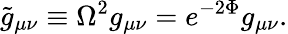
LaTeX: {\tilde{g}}_{\mu\nu}\equiv\Omega^{2}g_{\mu\nu}=e^{-2\Phi}g_{\mu\nu}.